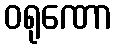
ဝရုဏော